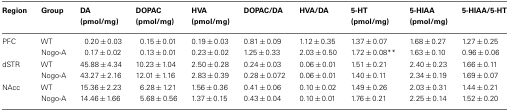
<table><thead><tr><td><b>Region</b></td><td><b>Group</b></td><td><b>DA (pmol/mg)</b></td><td><b>DOPAC (pmol/mg)</b></td><td><b>HVA (pmol/mg)</b></td><td><b>DOPAC/DA</b></td><td><b>HVA/DA</b></td><td><b>5-HT (pmol/mg)</b></td><td><b>5-HIAA (pmol/mg)</b></td><td><b>5-HIAA/5-HT</b></td></tr></thead><tbody><tr><td>PFC</td><td>WT</td><td>0.20 ± 0.03</td><td>0.15 ± 0.01</td><td>0.19 ± 0.03</td><td>0.81 ± 0.09</td><td>1.12 ± 0.35</td><td>1.37 ± 0.07</td><td>1.68 ± 0.27</td><td>1.27 ± 0.25</td></tr><tr><td></td><td>Nogo-A</td><td>0.17 ± 0.02</td><td>0.13 ± 0.01</td><td>0.23 ± 0.02</td><td>1.25 ± 0.33</td><td>2.03 ± 0.50</td><td>1.72 ± 0.08**</td><td>1.63 ± 0.10</td><td>0.96 ± 0.06</td></tr><tr><td>dSTR</td><td>WT</td><td>45.88 ± 4.34</td><td>10.23 ± 1.04</td><td>2.50 ± 0.28</td><td>0.24 ± 0.03</td><td>0.06 ± 0.01</td><td>1.51 ± 0.21</td><td>2.40 ± 0.23</td><td>1.66 ± 0.11</td></tr><tr><td></td><td>Nogo-A</td><td>43.27 ± 2.16</td><td>12.01 ± 1.16</td><td>2.83 ± 0.39</td><td>0.28 ± 0.072</td><td>0.06 ± 0.01</td><td>1.40 ± 0.11</td><td>2.34 ± 0.19</td><td>1.69 ± 0.07</td></tr><tr><td>NAcc</td><td>WT</td><td>15.36 ± 2.23</td><td>6.28 ± 1.21</td><td>1.56 ± 0.36</td><td>0.41 ± 0.06</td><td>0.10 ± 0.02</td><td>1.49 ± 0.26</td><td>2.03 ± 0.31</td><td>1.44 ± 0.21</td></tr><tr><td></td><td>Nogo-A</td><td>14.46 ± 1.66</td><td>5.68 ± 0.56</td><td>1.37 ± 0.15</td><td>0.43 ± 0.04</td><td>0.10 ± 0.01</td><td>1.76 ± 0.21</td><td>2.25 ± 0.14</td><td>1.52 ± 0.20</td></tr></tbody></table>